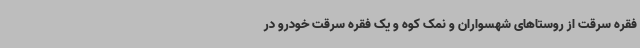
فقره سرقت از روستاهای شهسواران و نمک کوه و یک فقره سرقت خودرو در